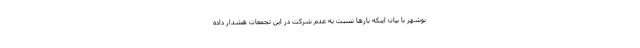
بوشهر با بیان اینکه بارها نسبت به عدم شرکت در این تجمعات هشدار داده‌